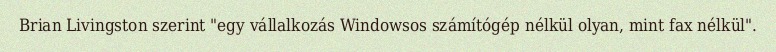
Brian Livingston szerint "egy vállalkozás Windowsos számítógép nélkül olyan, mint fax nélkül".